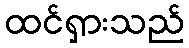
ထင်ရှားသည်